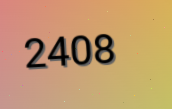
2408